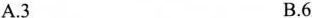
A.3 B.6